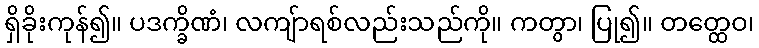
ရှိခိုးကုန်၍။ ပဒက္ခိဏံ၊ လကျ်ာရစ်လည်းသည်ကို။ ကတွာ၊ ပြု၍။ တတ္ထေဝ၊